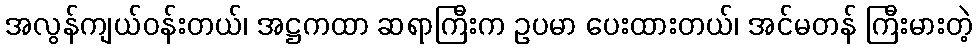
အလွန်ကျယ်ဝန်းတယ်၊ အဋ္ဌကထာ ဆရာကြီးက ဥပမာ ပေးထားတယ်၊ အင်မတန် ကြီးမားတဲ့